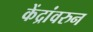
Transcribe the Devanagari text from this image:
केंद्रांवरुन